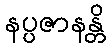
နပ္ပဇာနန္တိ